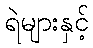
ရဲများနှင့်